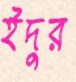
ইদুর